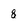
Character: 8